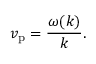
v _ { \mathrm { p } } = { \frac { \omega ( k ) } { k } } .